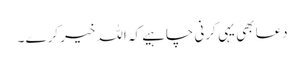
دعا بھی یہی کرنی چاہیے کہ اللہ خیر کرے ۔